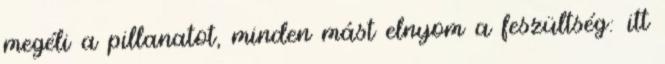
megéli a pillanatot, minden mást elnyom a feszültség: itt